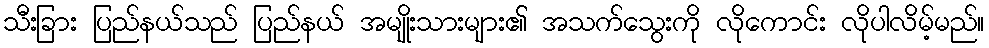
သီးခြား ပြည်နယ်သည် ပြည်နယ် အမျိုးသားများ၏ အသက်သွေးကို လိုကောင်း လိုပါလိမ့်မည်။